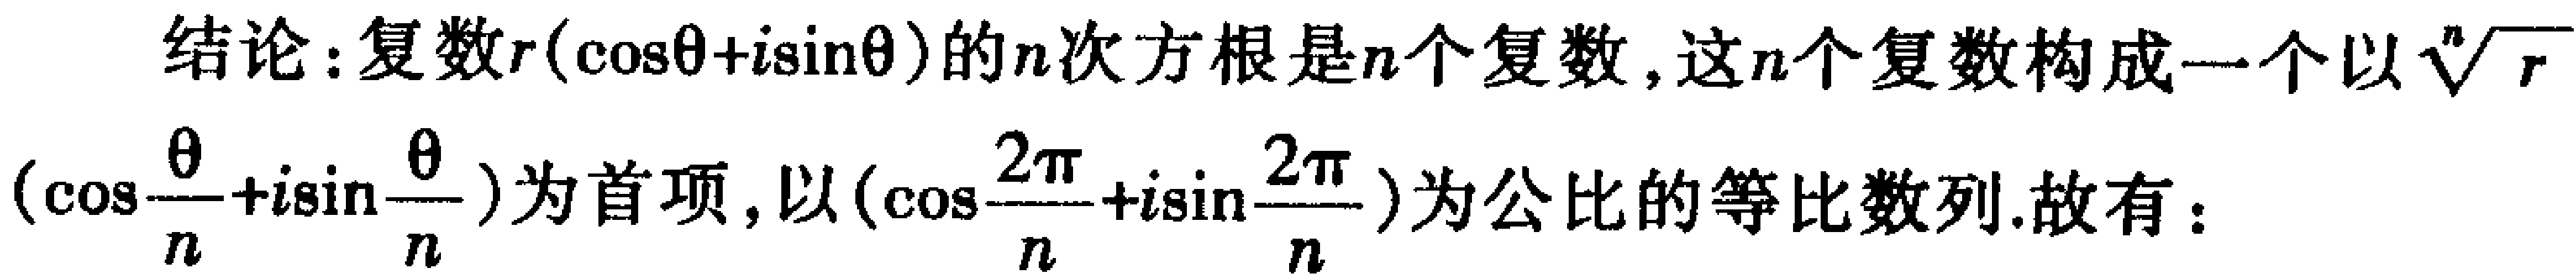
结论：复数\(r(\cos\theta + i\sin\theta)\)的\(n\)次方根是\(n\)个复数，这\(n\)个复数构成一个以\(\sqrt[n]{r}(\cos\frac{\theta}{n}+i\sin\frac{\theta}{n})\)为首项，以\((\cos\frac{2\pi}{n}+i\sin\frac{2\pi}{n})\)为公比的等比数列.故有：